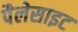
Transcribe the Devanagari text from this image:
पैलेसाइट